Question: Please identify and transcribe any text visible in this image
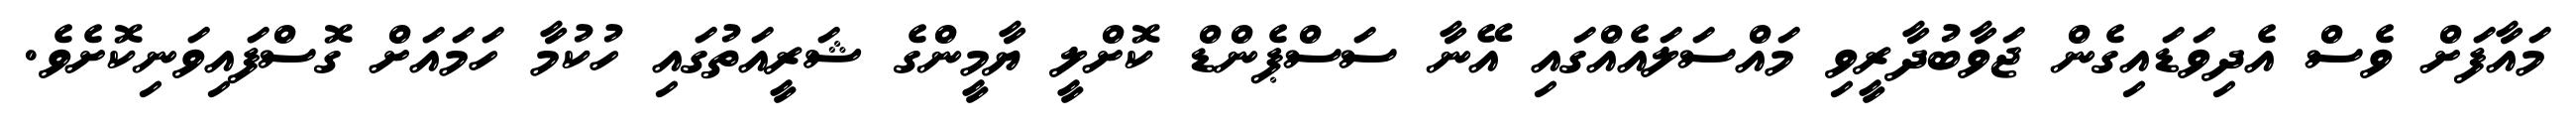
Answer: މައާފަށް ވެސް އެދިވަޑައިގެން ޖަވާބުދާރީވި މައްސަލައެއްގައި އޭނާ ސަސްޕެންޑް ކޮށްލީ ޔާމީންގެ ޝަރީއަތުގައި ހުކުމާ ހަމައަށް ގޮސްފައިވަނިކޮށެވެ.